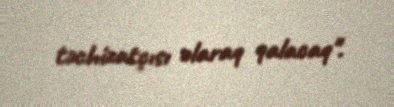
təchizatçısı olaraq qalacaq".